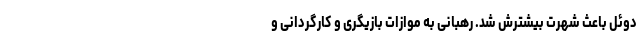
دوئل باعث شهرت بیشترش شد. رهبانی به موازات بازیگری و کارگردانی و